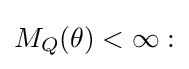
M_{Q}(\theta )<\infty :